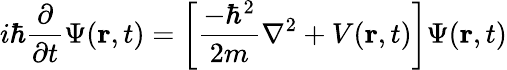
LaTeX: i\hbar{\frac{\partial}{\partial t}}\Psi(\mathbf{r},t)=\left[{\frac{-\hbar^{2}}{2m}}\nabla^{2}+V(\mathbf{r},t)\right]\Psi(\mathbf{r},t)